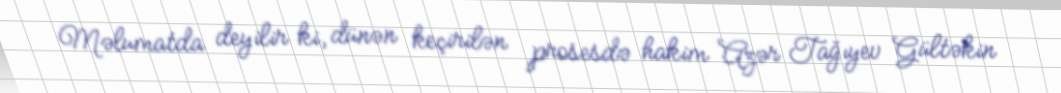
Məlumatda deyilir ki, dünən keçirilən prosesdə hakim Azər Tağıyev Gültəkin